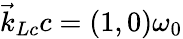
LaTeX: \vec{k}_{Lc}c=(1,0)\omega_{0}